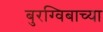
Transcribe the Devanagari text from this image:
बुरग्विबाच्या